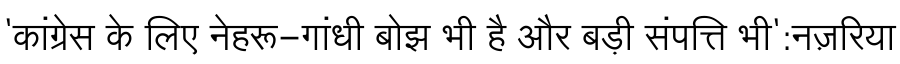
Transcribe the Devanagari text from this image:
'कांग्रेस के लिए नेहरू-गांधी बोझ भी है और बड़ी संपत्ति भी':नज़रिया